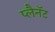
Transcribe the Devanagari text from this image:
प्लैनॅट